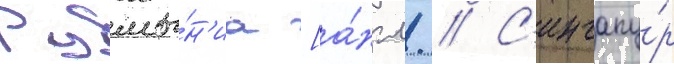
Румы́н'иа [а́нгл. // С'ингапу́р